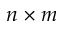
n \times m